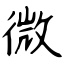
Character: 微